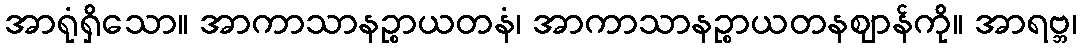
အာရုံရှိသော။ အာကာသာနဉ္စာယတနံ၊ အာကာသာနဉ္စာယတနဈာန်ကို။ အာရဗ္ဘ၊